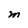
Character: M